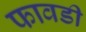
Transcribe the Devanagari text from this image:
फावडी